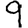
Digit: 9